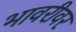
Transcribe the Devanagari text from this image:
भावरीवर